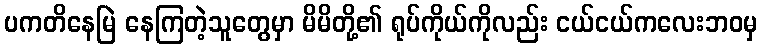
ပကတိနေမြဲ နေကြတဲ့သူတွေမှာ မိမိတို့၏ ရုပ်ကိုယ်ကိုလည်း ငယ်ငယ်ကလေးဘဝမှ